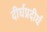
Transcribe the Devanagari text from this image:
दीर्घप्रदीर्घ